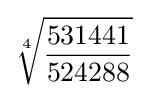
{\sqrt[{4}]{\frac {531441}{524288}}}